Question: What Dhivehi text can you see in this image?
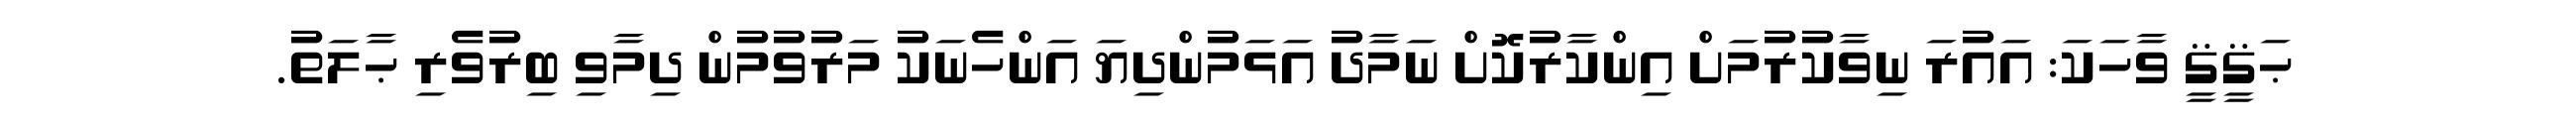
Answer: ޙަޤީޤީ ވާހަކަ: އައުރަ ނިވާކުރުމަށް އިންކާރުކޮށް ނަމާދު އަޅަމުންދިޔަ އަންހެނަކު މަރުވުމުން ދިމާވި ބިރުވެރި ޙާލަތު.